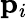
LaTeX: \mathbf{p}_{i}